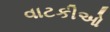
વાટકીઓ